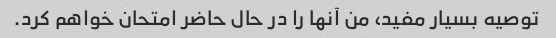
توصیه بسیار مفید، من آنها را در حال حاضر امتحان خواهم کرد.